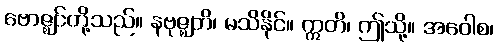
ဗောဇ္ဈင်တို့သည်။ နဗုဇ္ဈတိ၊ မသိနိုင်။ ဣတိ၊ ဤသို့။ အဝေါစ၊